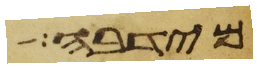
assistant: מריבה